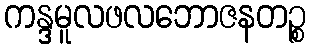
ကန္ဒမူလဖလဘောဇနတဉ္စ